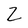
Character: Z